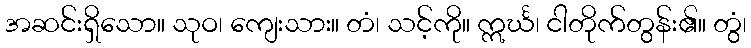
အဆင်းရှိသော။ သုဝ၊ ကျေးသား။ တံ၊ သင့်ကို။ ဣင်္ဃ၊ ငါတိုက်တွန်း၏။ တွံ၊